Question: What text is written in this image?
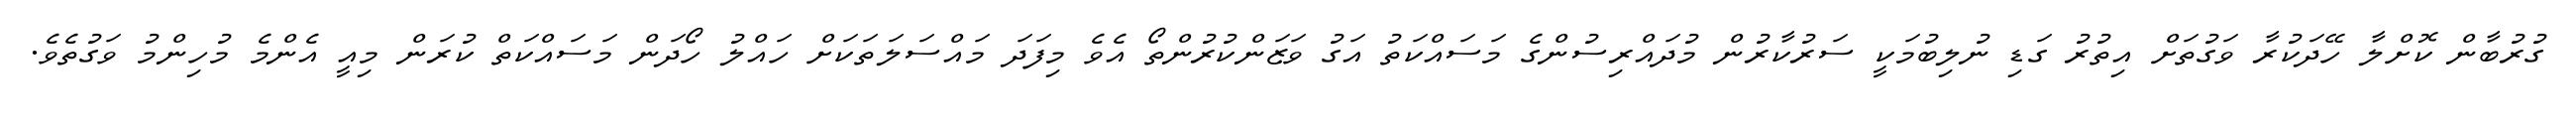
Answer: ގުރުބާން ކޮށްލާ ހޭދަކުރާ ވަގުތަށް އިތުރު ގަޑި ނުލިބުމަކީ ސަރުކާރުން މުދައްރިސުންގެ މަސައްކަތު އަގު ވަޒަންކުރުންތޯ އެވެ މިފަދަ މައްސަލަތަކަށް ހައްލު ހޯދަން މަސައްކަތް ކުރަން މިއީ އެންމެ މުހިންމު ވަގުތެވެ.